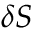
\delta S